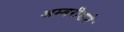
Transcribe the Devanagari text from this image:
अम्बरीशने